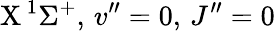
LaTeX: \textrm{X}\, ^{1}\Sigma^{+},\, v^{\prime\prime}=0,\, J^{\prime\prime}=0